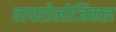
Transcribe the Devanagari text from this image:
वायरोलोजिकल